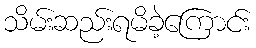
သိမ်းဆည်းရမိခဲ့ကြောင်း